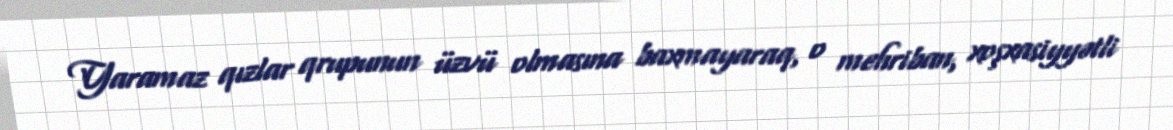
Yaramaz qızlar qrupunun üzvü olmasına baxmayaraq, o mehriban, xoşxasiyyətli